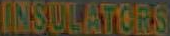
INSULATORS